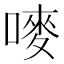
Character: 嘜